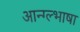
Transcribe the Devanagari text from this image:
आन्ग्ल्भाषा